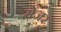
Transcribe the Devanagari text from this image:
मेंजर